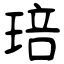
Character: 琣